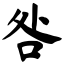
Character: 咎